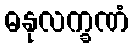
ဓနုလက္ခဏံ